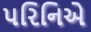
પરિનિએ